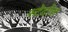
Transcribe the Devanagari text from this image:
स्टेटोस